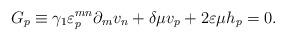
LaTeX: \begin{align*}G_p\equiv \gamma_1 \varepsilon_p^{mn}\partial_mv_n +\delta\mu v_p+2\varepsilon\mu h_p =0.\end{align*}